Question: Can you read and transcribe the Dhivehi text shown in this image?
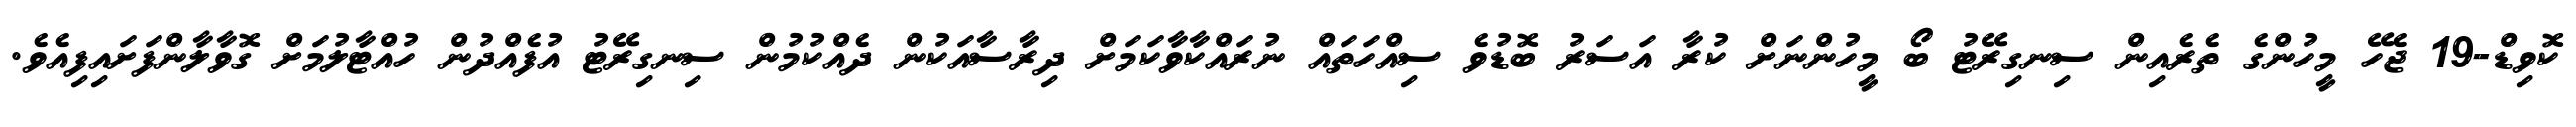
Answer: ކޮވިޑް-19 ޖެހޭ މީހުންގެ ތެރެއިން ސިނގިރޭޓު ބޯ މީހުންނަށް ކުރާ އަސަރު ބޮޑުވެ ސިއްހަތައް ނުރައްކާވާކަމަށް ދިރާސާއަކުން ދެއްކުމުން ސިނގިރޭޓު އުފެއްދުން ހުއްޓާލުމަށް ގޮވާލާންފަށައިފިއެވެ.